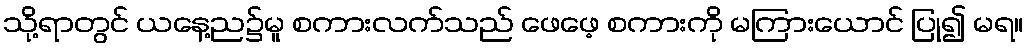
သို့ရာတွင် ယနေ့ည၌မူ စကားလက်သည် ဖေဖေ့ စကားကို မကြားယောင် ပြု၍ မရ။